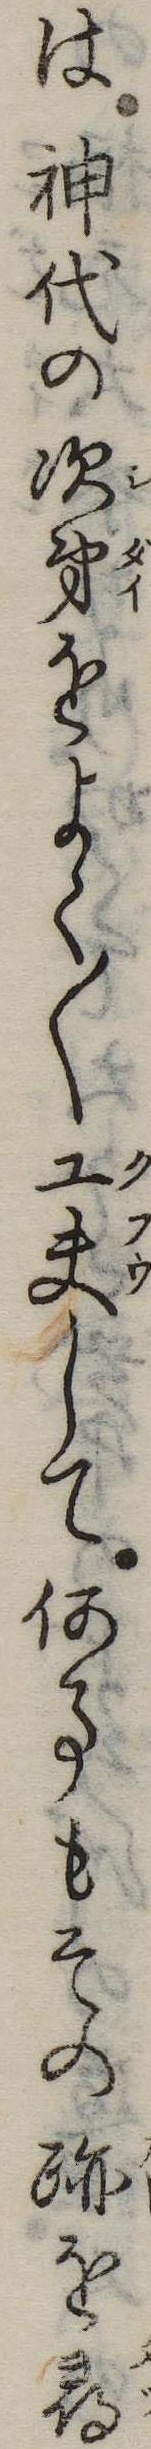
は神代の次第をよく〱工夫して何事もその跡を尋